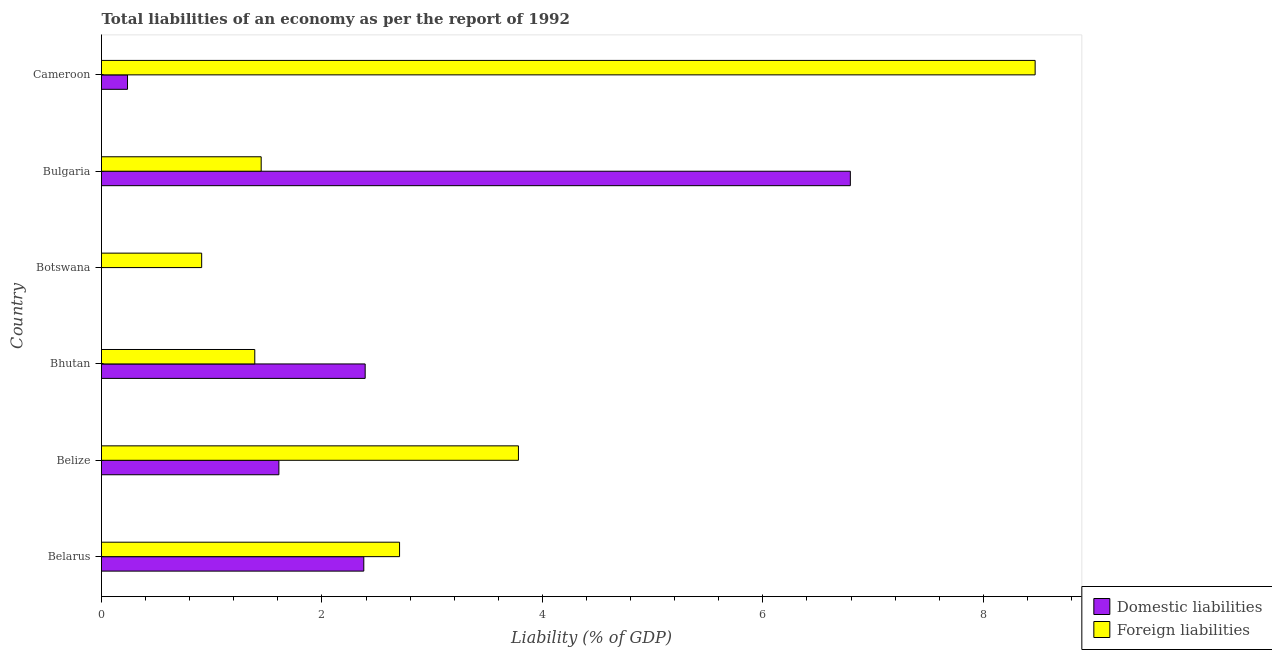
| Country | Domestic liabilities | Foreign liabilities |
 | --- | --- | --- |
 | Belarus | 2.38 | 2.7 |
 | Belize | 1.61 | 3.78 |
 | Bhutan | 2.39 | 1.39 |
 | Botswana | -1.56 | 0.909 |
 | Bulgaria | 6.79 | 1.45 |
 | Cameroon | 0.236 | 8.47 |